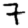
Digit: 7